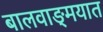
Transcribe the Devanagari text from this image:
बालवाङ्‌मयात